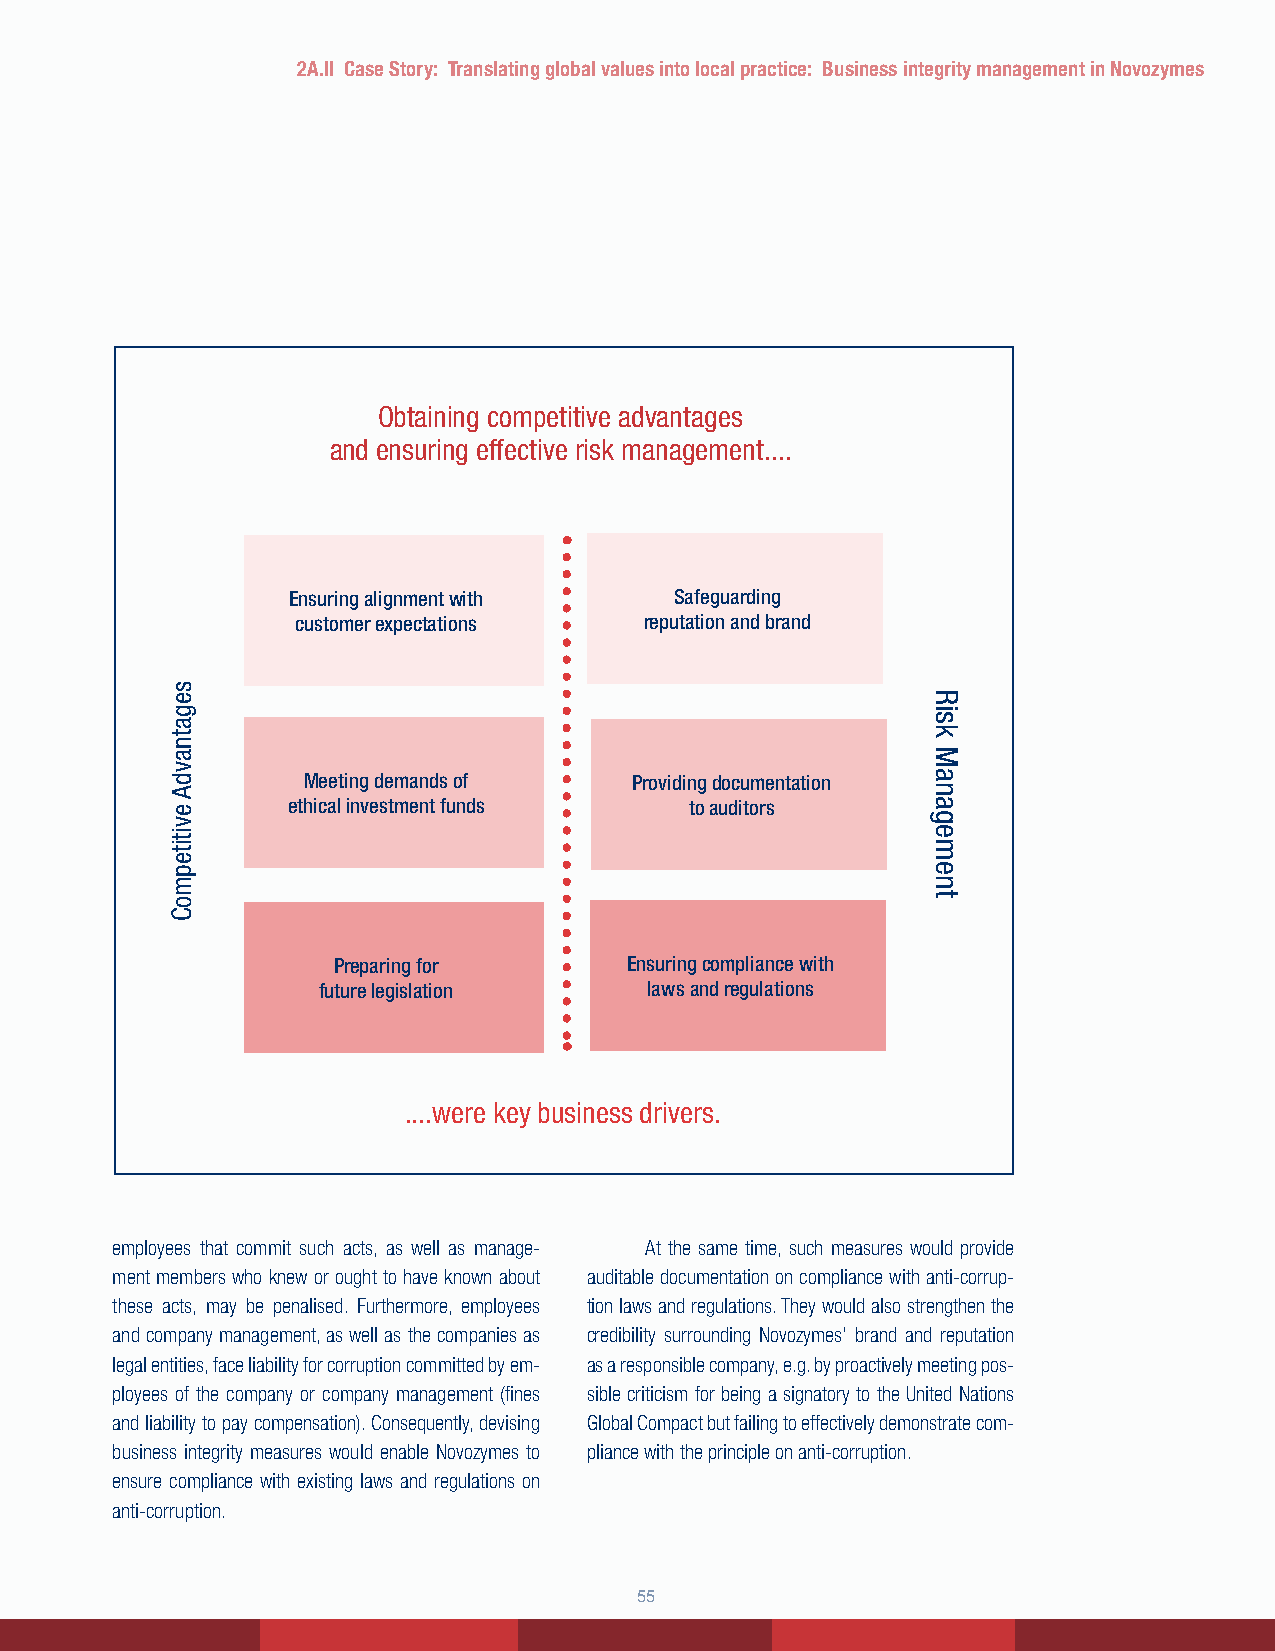
2A.II Case Story: Translating global values into local practice: Business integrity management in Novozymes
 Obtaining competitive advantages
 and ensuring effective risk management....
 Ensuring.alignment.with   Safeguarding
 customer.expectations  reputation.and.brand
 Meeting.demands.of    Providing.documentation..
 ethical.investment.funds   to.auditors
 Preparing.for       Ensuring.compliance.with.
 future.legislation    laws.and.regulations
 ....were key business drivers.
 employees that commit such acts, as well as manage- At the same time, such measures would provide
 ment members who knew or ought to have known about auditable documentation on compliance with anti-corrup-
 these acts, may be penalised. Furthermore, employees tion laws and regulations. They would also strengthen the
 and company management, as well as the companies as credibility surrounding Novozymes’ brand and reputation
 legal entities, face liability for corruption committed by em- as a responsible company, e.g. by proactively meeting pos-
 ployees of the company or company management (fines sible criticism for being a signatory to the United Nations
 and liability to pay compensation). Consequently, devising Global Compact but failing to effectively demonstrate com-
 business integrity measures would enable Novozymes to pliance with the principle on anti-corruption.
 ensure compliance with existing laws and regulations on
 anti-corruption.
 55
 segatnavdA
 evititepmoC
 Risk
 Management